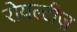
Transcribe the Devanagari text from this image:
रोयल्टीज़